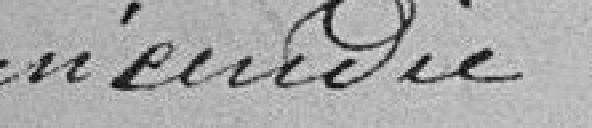
incendie.